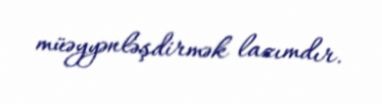
müəyyənləşdirmək lazımdır.